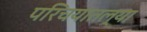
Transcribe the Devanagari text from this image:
परिचयातल्या